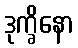
ဒုက္ခိနော